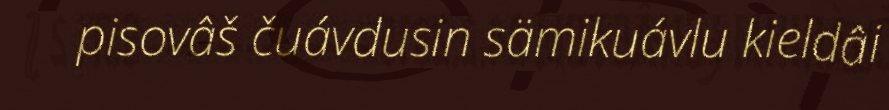
pisovâš čuávdusin sämikuávlu kieldâi